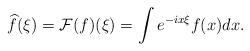
\begin{align*}\widehat{f}(\xi)=\mathcal{F}(f)(\xi)= \int e^{-i x\xi} f(x) d x.\end{align*}